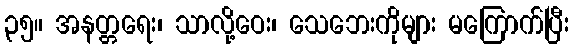
၃၅။ အနတ္တရေး၊ သာလို့ဝေး၊ သေဘေးကိုများ မကြောက်ပြီး